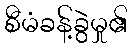
စီမံခန့်ခွဲမှု၏